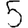
Digit: 5